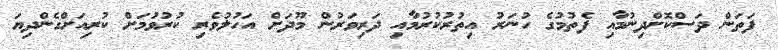
ފަތަން ދަސްކޮށްދިނުމާއި ފެތުމުގެ ހުނަރު އިތުރުކުރުމާއި ދަރިވަރުން މޫދަށް އަހުލުވެރި ކުރުވުމަށް ކުރިއަށްގެންދިޔަ